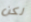
لكن